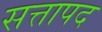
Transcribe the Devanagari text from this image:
सत्तापद